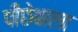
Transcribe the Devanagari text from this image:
पीछेबाला